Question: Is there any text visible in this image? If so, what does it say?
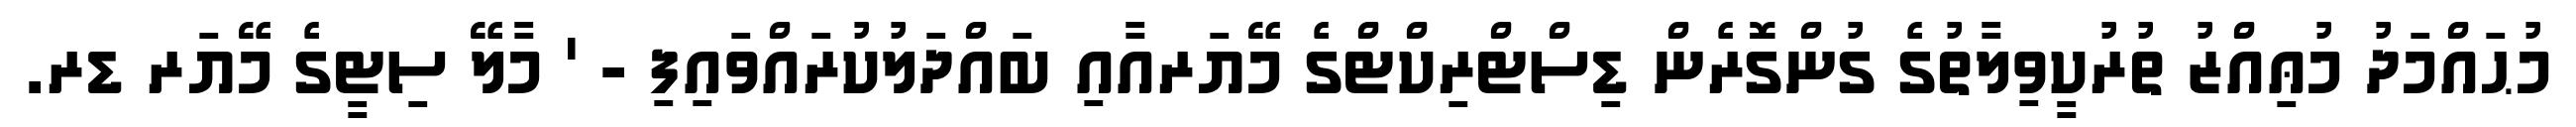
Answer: މުޙައްމަދު މުޢިއްޒު ތުރުކީވިލާތުގެ ގުންގޮރެން ޑިސްޓްރިކްޓްގެ މޭޔަރއާއި ބައްދަލުކުރައްވައިފި - ' މާލޭ ސިޓީގެ މޭޔަރ ޑރ.